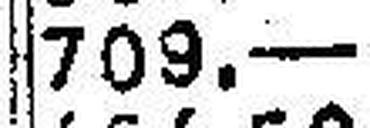
709.—